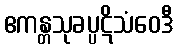
ဧကန္တသုခပ္ပဋိသံဝေဒီ